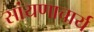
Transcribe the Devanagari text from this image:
सांयणाचार्य